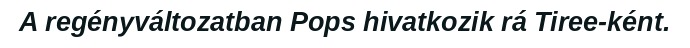
A regényváltozatban Pops hivatkozik rá Tiree-ként.